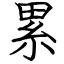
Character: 累